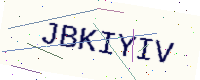
Text: JBKIYIV